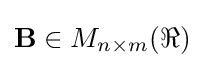
\mathbf {B} \in M_{n\times m}(\Re )